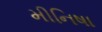
મીનિષા